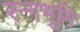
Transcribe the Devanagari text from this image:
रन्गभूमि